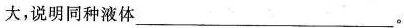
大，说明同种液体___。